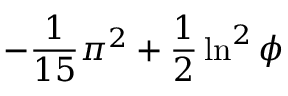
- { \frac { 1 } { 1 5 } } \pi ^ { 2 } + { \frac { 1 } { 2 } } \ln ^ { 2 } \phi